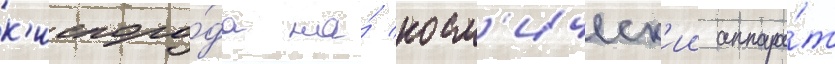
к'ислоро́да на́ косм'ическ'ии аппара́т